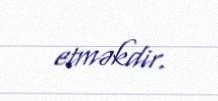
etməkdir.